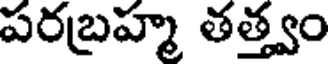
పరబ్రహ్మ తత్త్వం